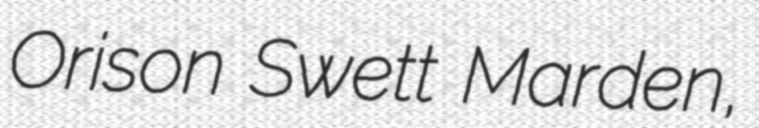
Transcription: Orison Swett Marden,